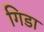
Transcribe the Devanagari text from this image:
गिडा